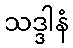
သဒ္ဒါနံ